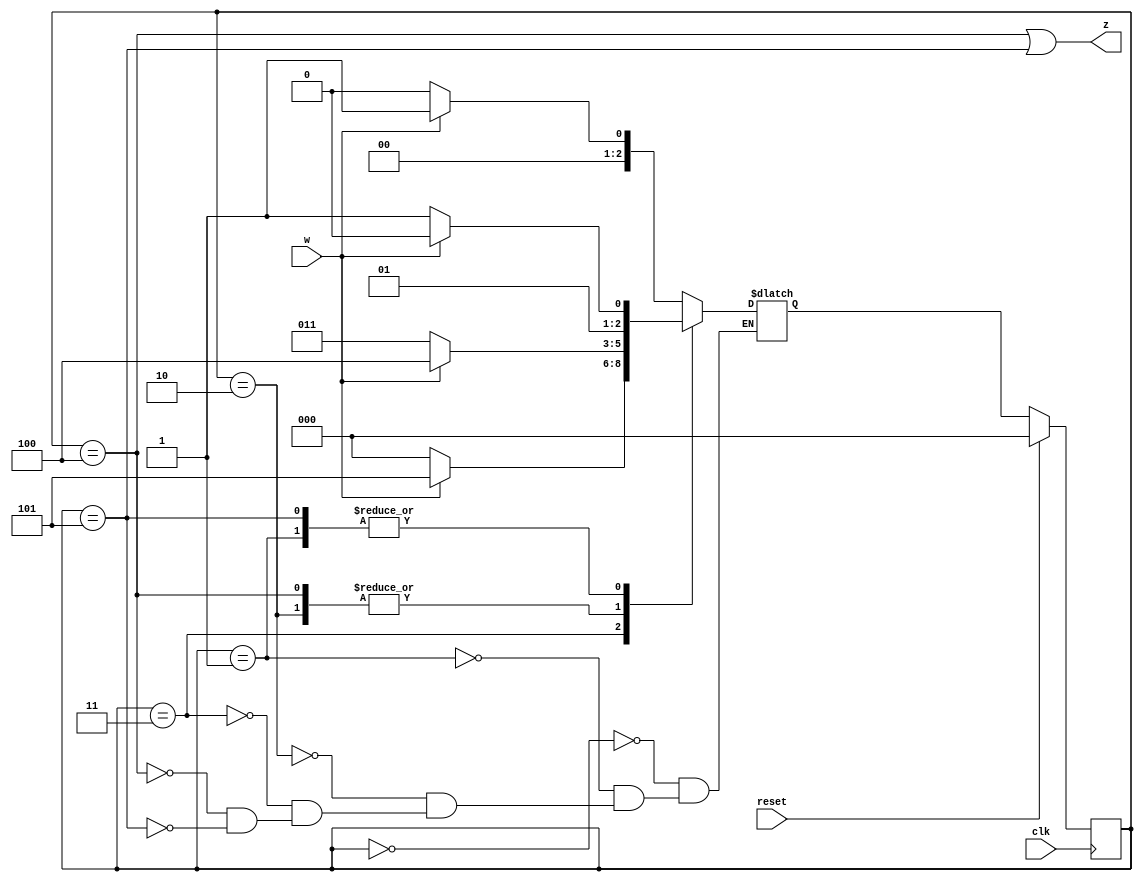
module top_module (
    input  clk,
    input  reset,  // synchronous reset
    input  w,
    output z
);



    parameter reg [3:1] A = 3'd0;
    parameter reg [3:1] B = 3'd1;
    parameter reg [3:1] C = 3'd2;
    parameter reg [3:1] D = 3'd3;
    parameter reg [3:1] E = 3'd4;
    parameter reg [3:1] F = 3'd5;

    reg [3:1] state, next_state;

    always @(posedge clk) begin
        if (reset) begin
            state <= A;
        end else begin
            state <= next_state;
        end
    end

    always @(*) begin
        case (state)
            A: next_state = w ? B : A;
            B: next_state = w ? C : D;
            C: next_state = w ? E : D;
            D: next_state = w ? F : A;
            E: next_state = w ? E : D;
            F: next_state = w ? C : D;
        endcase
    end

    assign z = (state == E) || (state == F);



endmodule